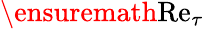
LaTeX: \ensuremath{\mathrm{Re}}_{\tau}